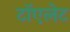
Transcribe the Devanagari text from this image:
टॉएलेट